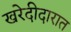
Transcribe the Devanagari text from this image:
खरेदीदारात